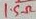
Text: 1.5Ω